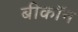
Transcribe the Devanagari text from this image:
बीकॉन